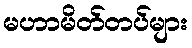
မဟာမိတ်တပ်များ